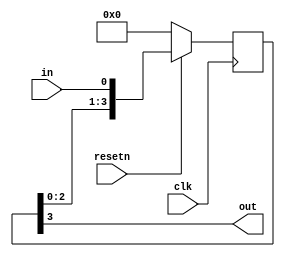
module top_module (
    input clk,
    input resetn,   // synchronous reset
    input in,
    output out);
    
	wire [3:0] shift_reg;
	
	// Create a shift register named sr. It shifts in "in".
	always @(posedge clk) begin
		if (~resetn)		// Synchronous active-low reset
			shift_reg <= 0;
		else 
			shift_reg <= {shift_reg[2:0], in};
	end
	
	assign out = shift_reg[3];		// Output the final bit (sr[3])

endmodule